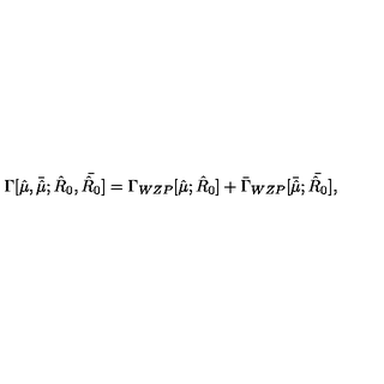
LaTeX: \Gamma [ { \hat { \mu } } , { \bar { \hat { \mu } } } ; { \hat { R } _ { 0 } } , { \bar { \hat { R } _ { 0 } } } ] = \Gamma _ { W Z P } [ { \hat { \mu } } ; { \hat { R } _ { 0 } } ] + { \bar { \Gamma } _ { W Z P } } [ { \bar { \hat { \mu } } } ; { \bar { \hat { R } _ { 0 } } } ] ,